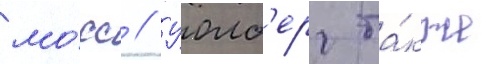
мо́сс // Уолб'ерг та́кже